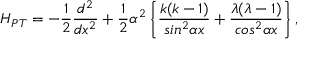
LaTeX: H _ { P T } = - \frac { 1 } { 2 } \frac { d ^ { 2 } } { d x ^ { 2 } } + \frac { 1 } { 2 } \alpha ^ { 2 } \left\{ \frac { k ( k - 1 ) } { s i n ^ { 2 } \alpha { x } } + \frac { \lambda ( \lambda - 1 ) } { c o s ^ { 2 } \alpha { x } } \right\} ,